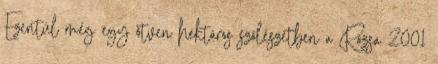
Ezentúl még egy ötven hektáros szőlészetben a Rózsa 2001